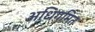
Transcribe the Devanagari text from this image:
अधिगमित